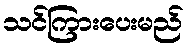
သင်ကြားပေးမည်